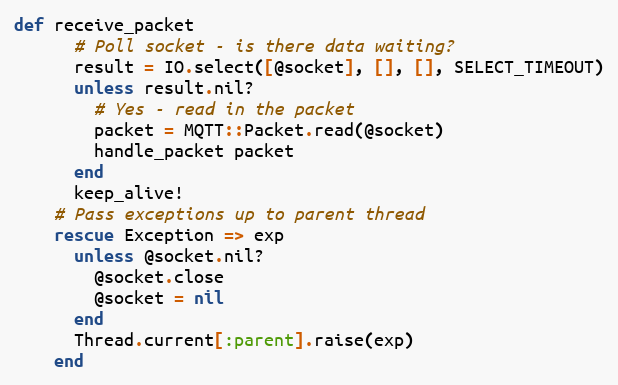
Language: Ruby
def receive_packet
      # Poll socket - is there data waiting?
      result = IO.select([@socket], [], [], SELECT_TIMEOUT)
      unless result.nil?
        # Yes - read in the packet
        packet = MQTT::Packet.read(@socket)
        handle_packet packet
      end
      keep_alive!
    # Pass exceptions up to parent thread
    rescue Exception => exp
      unless @socket.nil?
        @socket.close
        @socket = nil
      end
      Thread.current[:parent].raise(exp)
    end